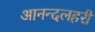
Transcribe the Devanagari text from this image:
आनन्दलहरी